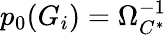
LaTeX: p_{0}(G_{i})=\Omega_{C^{*}}^{-1}